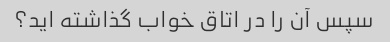
سپس آن را در اتاق خواب گذاشته اید؟